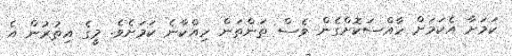
ކަމަށާ އެކަމަށް ހާއްސަކޮށްގެން ވެސް ތަންތަން ހިއްކާނެ ކަމަށެވެ. މީގެ އިތުރުން އެ